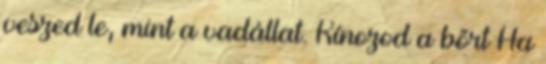
veszed le, mint a vadállat. Kínozod a bőrt Ha